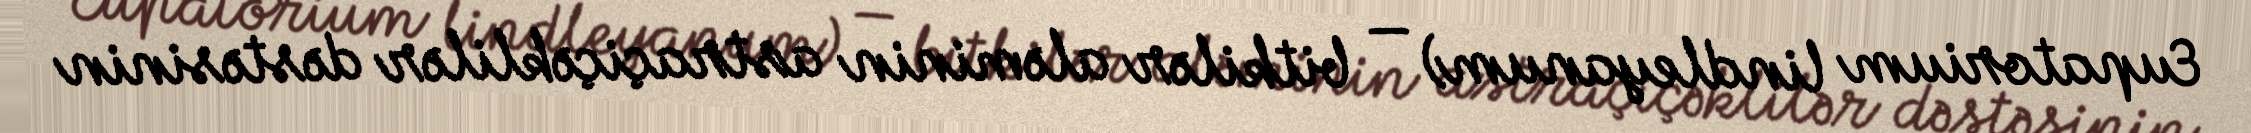
Eupatorium lindleyanum) — bitkilər aləminin astraçiçəklilər dəstəsinin